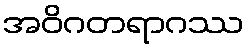
အဝိဂတရာဂဿ